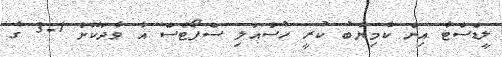
ލީޑްސްޓާ އިން ކާމިޔާބު ކުރީ ހުސްއަލި ސްޕޯޓްސް އާ ވާދަކޮށް 1-3 ގެ